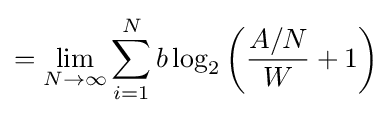
=\lim _{N\to \infty }\sum _{i=1}^{N}b\log _{2}\left({\frac {A/N}{W}}+1\right)